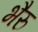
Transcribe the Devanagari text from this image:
भैरु